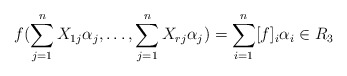
\begin{align*}f(\sum_{j=1}^n X_{1j} \alpha_j, \ldots,\sum_{j=1}^n X_{rj} \alpha_j )=\sum_{i=1}^n [f]_i \alpha_i \in R_3\end{align*}